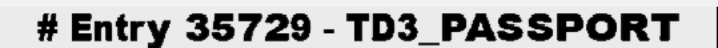
# Entry 35729 - TD3_PASSPORT